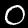
Label: 0